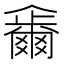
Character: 𠑂